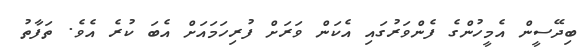
ބިދޭސީން އެމީހުންގެ ފެންވަރުގައި އެކަން ވަރަށް ފުރިހަމައަށް އެބަ ކުރެ އެވެ. ތަފާތު